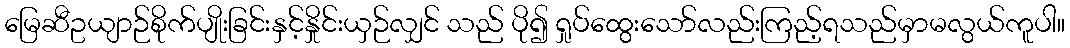
မြေဆီဥယျာဉ်စိုက်ပျိုးခြင်းနှင့်နှိုင်းယှဉ်လျှင် သည် ပို၍ ရှုပ်ထွေးသော်လည်းကြည့်ရသည်မှာမလွယ်ကူပါ။